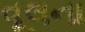
વૂલના